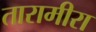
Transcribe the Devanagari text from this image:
तारामीरा